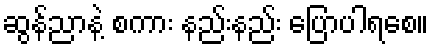
ဆွန်ညာနဲ့ စကား နည်းနည်း ပြောပါရစေ။